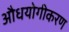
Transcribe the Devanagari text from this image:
औधयोगीकरण